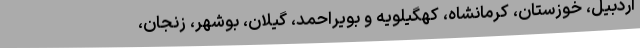
اردبیل، خوزستان، کرمانشاه، کهگیلویه و بویراحمد، گیلان، بوشهر، زنجان،